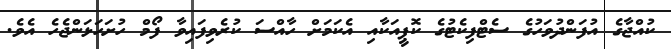
ކުއްޖާގެ އުފަންދުވަހުގެ ސެޓްފިކެޓުގެ ކޮޕީއަކާއި އެކަމަށް ހާއްސަ ކުރެވިފައިވާ ފޯމް ހުށަހަޅަންޖެހެ އެވެ.